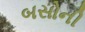
બસોની